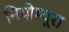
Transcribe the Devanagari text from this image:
नियोम्यूरा